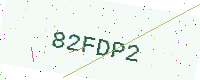
Text: 82FDP2